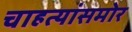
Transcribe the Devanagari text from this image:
चाहत्यांसमोर